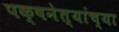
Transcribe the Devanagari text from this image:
पक्षनेत्यांच्या